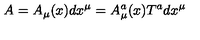
A = A _ { \mu } ( x ) d x ^ { \mu } = A _ { \mu } ^ { a } ( x ) T ^ { a } d x ^ { \mu }